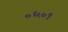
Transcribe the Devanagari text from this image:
०६०१